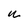
Character: u